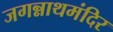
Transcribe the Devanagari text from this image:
जगन्नाथमंदिर